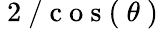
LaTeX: \mathrm{~2~/~c~o~s~(~}\theta\mathrm{~)~}